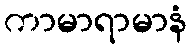
ကာမာရာမာနံ